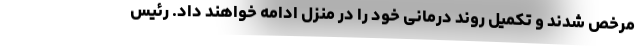
مرخص شدند و تکمیل روند درمانی خود را در منزل ادامه خواهند داد. رئیس